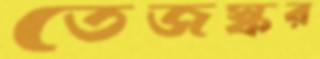
তেজস্কর